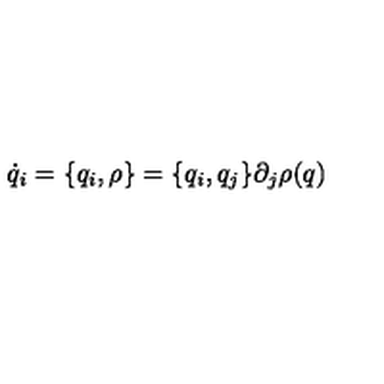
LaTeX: \dot { q } _ { i } = \{ q _ { i } , \rho \} = \{ q _ { i } , q _ { j } \} \partial _ { j } \rho ( q )